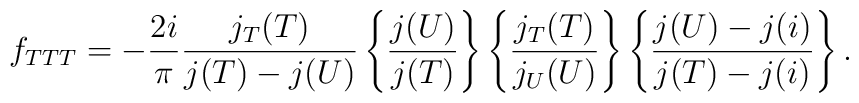
f_{TTT}= -{2i\over\pi}\frac{j_T(T)}{j(T)-j(U)}\left\{\frac{j(U)}{j(T)}\right\}\left\{\frac{j_T(T)}{j_U(U)}\right\}\left\{\frac{j(U)-j(i)}{j(T)-j(i)}\right\}.